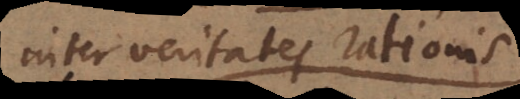
inter veritates rationis